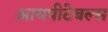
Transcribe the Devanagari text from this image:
आयपीटेबल्स